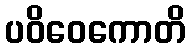
ပဝိဝေကောတိ